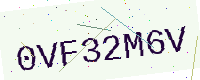
Text: 0VF32M6V